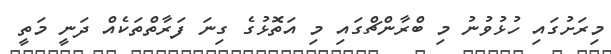
މިރަށުގައި ހުޅުވުނު މި ބްރާންޗްގައި މި އަތޮޅުގެ ގިނަ ފަރާތްތަކެއް ދަނީ މަތީ